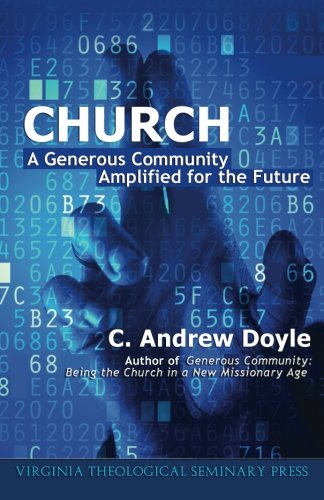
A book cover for Church: A Generous Community Amplified for the Future; C. Andrew Doyle; Christian Books & Bibles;